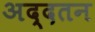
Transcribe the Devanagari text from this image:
अद्दतन